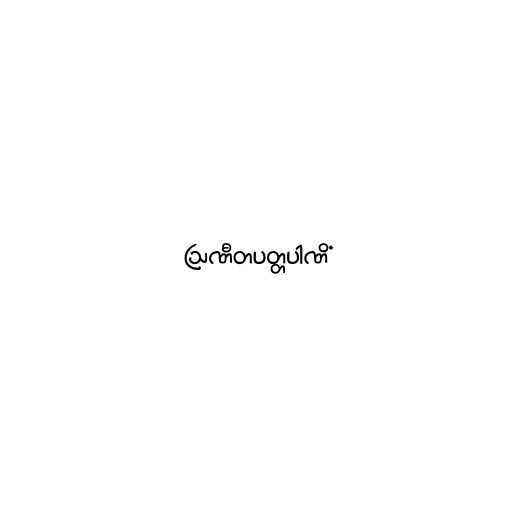
ဩဏီတပတ္တပါဏိံ